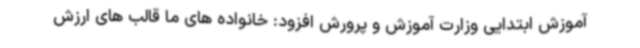
آموزش ابتدایی وزارت آموزش و پرورش افزود: خانواده های ما قالب های ارزش